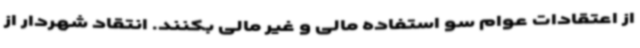
از اعتقادات عوام سو استفاده مالی و غیر مالی بکنند. انتقاد شهردار از